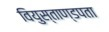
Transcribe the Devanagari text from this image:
वियुस्ताण्डपता